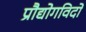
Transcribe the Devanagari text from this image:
प्रौद्योगविदों